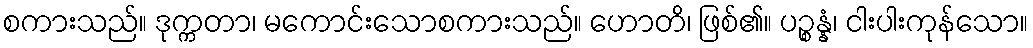
စကားသည်။ ဒုက္ကတာ၊ မကောင်းသောစကားသည်။ ဟောတိ၊ ဖြစ်၏။ ပဉ္စန္နံ၊ ငါးပါးကုန်သော။